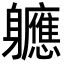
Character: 軈